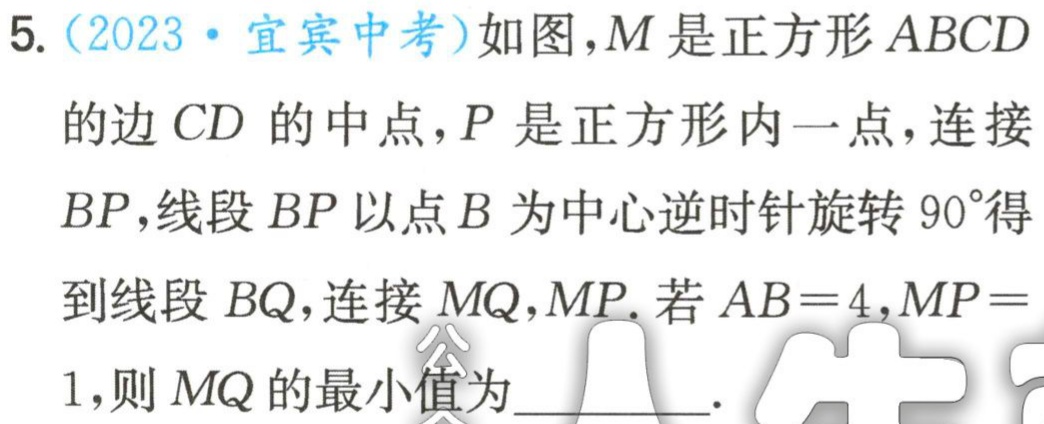
5.（2023·宜宾中考）如图，\(M\)是正方形\(ABCD\)的边\(CD\)的中点，\(P\)是正方形内一点，连接\(BP\)，线段\(BP\)以点\(B\)为中心逆时针旋转\(90^{\circ}\)得到线段\(BQ\)，连接\(MQ\)，\(MP\). 若\(AB = 4\)，\(MP=1\)，则\(MQ\)的最小值为  。